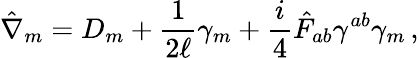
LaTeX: \hat{\nabla}_{m}=D_{m}+\frac{1}{2\ell}\gamma_{m}+\frac{i}{4}\hat{F}_{ab}\gamma^{ab}\gamma_{m}\, ,